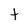
Character: t